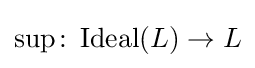
\sup \colon \operatorname {Ideal} (L)\to L